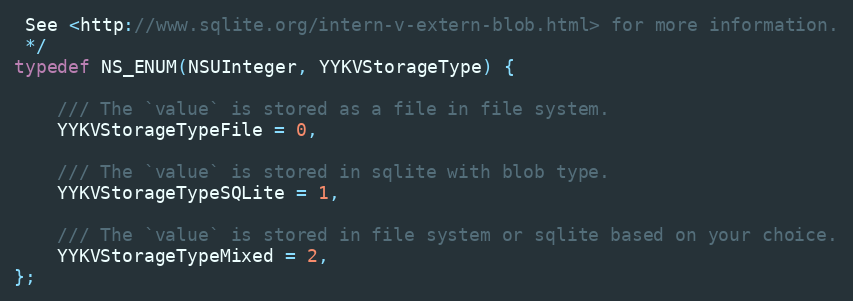
Language: C
 See <http://www.sqlite.org/intern-v-extern-blob.html> for more information.
 */
typedef NS_ENUM(NSUInteger, YYKVStorageType) {

    /// The `value` is stored as a file in file system.
    YYKVStorageTypeFile = 0,

    /// The `value` is stored in sqlite with blob type.
    YYKVStorageTypeSQLite = 1,

    /// The `value` is stored in file system or sqlite based on your choice.
    YYKVStorageTypeMixed = 2,
};